Vaccination in Bombay 1869-1873 - 1869-1873
Year: 1869
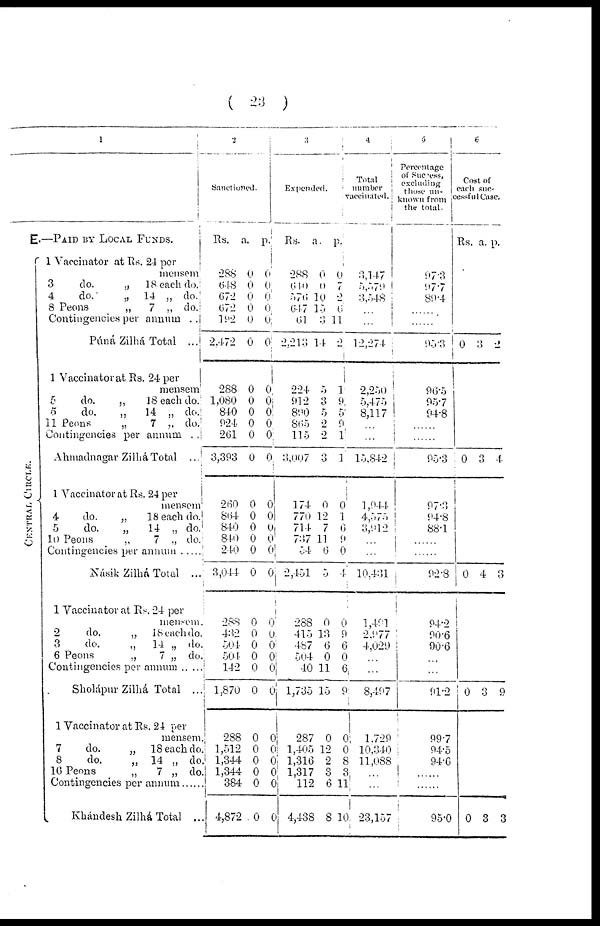
( 23 )
1
E.—PAID BY LOCAL FUNDS.
CENTRAL CIRCLE.
1 Vaccinator at Rs. 24 per
mensem
3
do.
„
18 each do.
4
do.
„ 14 „ do.
8 Peons
„
7 „ do.
Contingencies per annum ..
Púná Zilhá Total ...
1 Vaccinator at Rs. 24 per
mensem
5
do.
„
18 each do.
5
do.
„
14 „ do.
11 Peons
„
7 „ do.
Contingencies per annum . .
Ahmadnagar Zilhá Total ...
1 Vaccinator at Rs. 24 per
mensem
4
do.
„
18 each do.
5
do.
„
14 „ do.
10 Peons
„
7 „ do.
Contingencies per
annum....
Násik Zilhá Total ...
1 Vaccinator at Rs. 24 per
mensem.
2
do.
„ 18 each do.
3
do.
„
14 „ do.
6 Peons
„
7 „ do.
Contingencies per annum... ..
Sholápur Zilhá Total ...
1 Vaccinator at Rs. 24 per
mensem.
7
do.
„
18 each do.
8
do.
„ 14 „ do.
16 Peons
„
7 „ do.
Contingencies per annum ......
Khándesh Zilhá Total ...
2
Sanctioned.
Rs.
288
648
672
672
192
2,472
288
1,080
840
924
261
3,393
260
864
840
840
240
3,044
288
432
504
504
142
1,870
288
1,512
1,344
1,344
384
4,872
a.
0
0
0
0
0
0
0
0
0
0
0
0
0
0
0
0
0
0
0
0
0
0
0
0
0
0
0
0
0
0
p.
0
0
0
0
0
0
0
0
0
0
0
0
0
0
0
0
0
0
0
0
0
0
0
0
0
0
0
0
0
0
3
Expended.
Rs.
288
640
576
647
61
2,213
224
912
890
865
115
3,007
174
770
714
737
54
2,451
288
415
487
504
40
1,735
287
1,405
1,316
1,317
112
4,438
a.
0
0
10
15
3
14
5
3
5
2
2
3
0
12
7
11
6
5
0
13
6
0
11
15
0
12
2
3
6
8
p.
0
7
2
6
11
2
1
9
5
9
1
1
0
1
6
9
0
4
0
9
6
0
6
9
0
0
8
3
11
10
4
Total
number
vaccinated.
3,147
5,579
3,548
...
...
12,274
2,250
5,475
8,117
...
...
15,842
1,944
4,575
3,912
...
...
10,431
1,491
2,977
4,029
...
...
8,497
1,729
10,340
11,088
...
...
23,157
5
Percentage
of Success,
excluding
those un¬
known from
the total.
97.3
97.7
89.4
......
......
95.3
96.5
95.7
94.8
......
95.3
97.3
94.8
88.1
......
......
92.8
94.2
90.6
90.6
...
...
91.2
99.7
94.5
94.6
...
...
95.0
6
Cost of
each suc¬
cessful Case.
Rs. a. p.
0 3 2
0 3 4
0 4 3
0 3 9
0 3 3